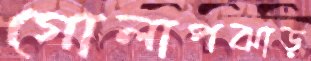
গোলাপঝাড়